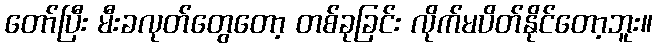
တော်ပြီး မီးခလုတ်တွေတော့ တစ်ခုခြင်း လိုက်မပိတ်နိုင်တော့ဘူး။